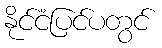
နိုင်ငံပြင်ပတွင်